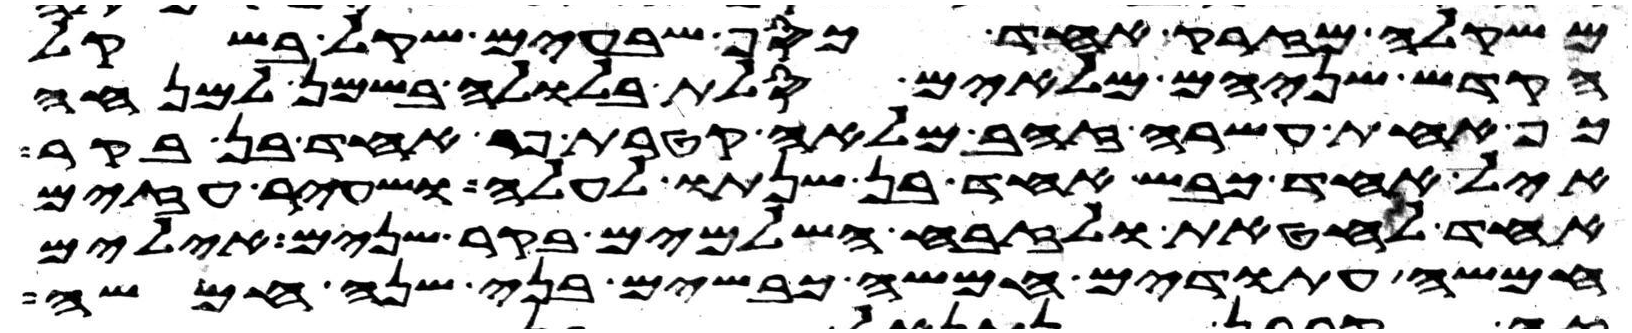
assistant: משקלה מזרק אחד כסף שבעים שקל בשקל
הקדש שניהם מלאים סלת בלולה בשמן למנחה
כף אחת עשרה זהב מלאה קטרת פר אחד בן בקר
איל אחד כבש אחד בן שנתו לעלה ושעיר עזים
אחד לחטאת ולזבח השלמים בקר שנים אילים
חמשה עתודים חמשה כבשים בני שנה חמשה